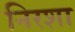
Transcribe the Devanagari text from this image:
निरशा